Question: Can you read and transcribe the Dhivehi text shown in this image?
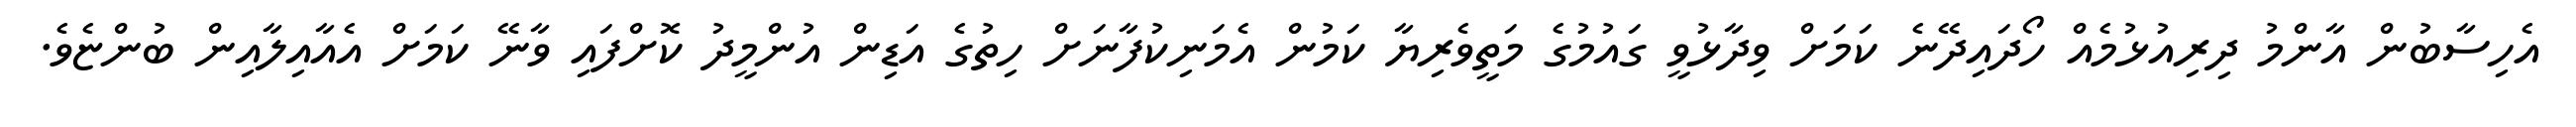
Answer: އެހިސާބުން އާންމު ދިރިއުޅުމެއް ހޯދައިދޭނެ ކަމަށް ވިދާޅުވީ ގައުމުގެ މަތީވެރިޔާ ކަމުން އެމަނިކުފާނަށް ހިތުގެ އަޑިން އުންމީދު ކޮށްފައި ވާނޭ ކަމަށް އެއާއިލާއިން ބުންޏެވެ.